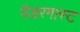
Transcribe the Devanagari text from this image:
पैडरगास्ट